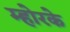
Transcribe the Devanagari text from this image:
म्होरके